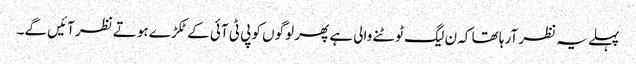
پہلے یہ نظر آرہا تھا کہ ن لیگ ٹوٹنے والی ہے پھر لوگوں کو پی ٹی آئی کے ٹکڑے ہوتے نظر آئیں گے۔